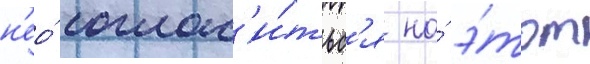
н'ео́ соглас'и́тьс'я на́ э́тот